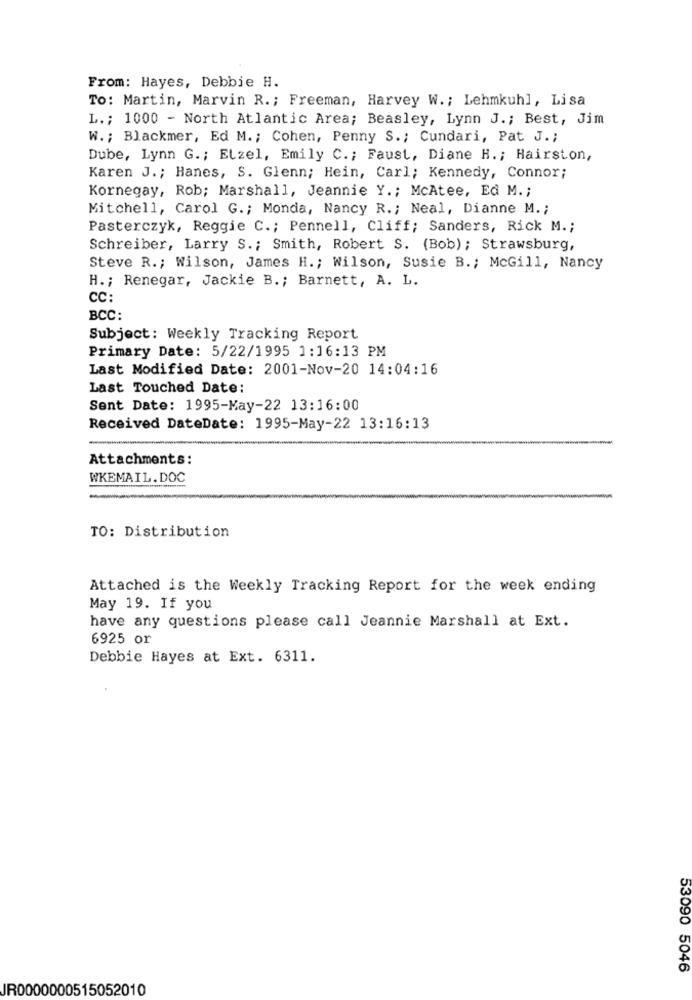
From: Hayes, Debbie H.
To: Martin, Marvin R .; Freeman, Harvey W .; Lehmkuhl, Lisa
L .; 1000 - North Atlantic Area; Beasley, Lynn J .; Best, Jim
W .; Blackmer, Ed M .; Cohen, Penny S .; Cundari, Pat J .;
Dube, Lynn G .; Elzel, Emily C .; Faust, Diane H .; Hairston,
Karen J .; Hanes, S. Glenn; Hein, Carl; Kennedy, Connor;
Kornegay, Rob; Marshall, Jeannie Y .; McAtee, Ed M. ;
Mitchell, Carol G .; Monda, Nancy R .; Neal, Dianne M .;
Pasterczyk, Reggie C .; Pennell, Cliff; Sanders, Rick M .;
Schreiber, Larry S .; Smith, Robert S. (Bob); Strawsburg,
Steve R .; Wilson, James H .; Wilson, Susie B .; McGill, Nancy
H .; Renegar, Jackie B .; Barnett, A. L.
CC:
BCC:
Subject: Weekly Tracking Report
Primary Date: 5/22/1995 1:16:13 PM
Last Modified Date: 2001-Nov-20 14:04:16
Last Touched Date:
Sent Date: 1995-May-22 13:16:00
Received DateDate: 1995-May-22 13:16:13
Attachments:
WKEMAIL.DOC
-
TO: Distribution
Attached is the Weekly Tracking Report for the week ending
May 19. If you
have any questions please call Jeannie Marshall at Ext.
6925 or
Debbie Hayes at Ext. 6311.
53090 5046
JR0000000515052010